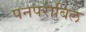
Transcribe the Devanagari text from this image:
पनपरांबिल